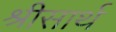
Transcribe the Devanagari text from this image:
श्रीसार्थ